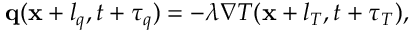
\begin{array} { r } { \mathbf q ( \mathbf x + l _ { q } , t + \tau _ { q } ) = - \lambda \nabla T ( \mathbf x + l _ { T } , t + \tau _ { T } ) , } \end{array}